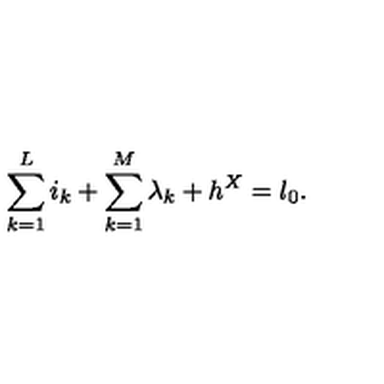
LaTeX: \sum _ { k = 1 } ^ { L } i _ { k } + \sum _ { k = 1 } ^ { M } \lambda _ { k } + h ^ { X } = l _ { 0 } .